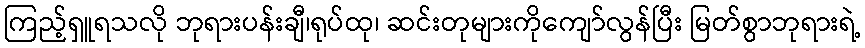
ကြည့်ရှူရသလို ဘုရားပန်းချီ၊ရုပ်ထု၊ ဆင်းတုများကိုကျော်လွန်ပြီး မြတ်စွာဘုရားရဲ့